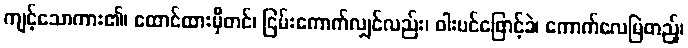
ကျင့်သောကား၏၊ ထောင်ထားမှီတင်၊ ငြမ်းကောက်လျှင်လည်း၊ ဝါးပင်ဖြောင့်ခဲ၊ ကောက်လေမြဲတည့်၊